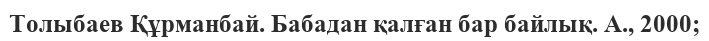
Толыбаев Құрманбай. Бабадан қалған бар байлық. А., 2000;